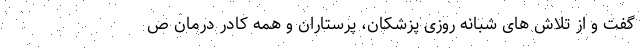
گفت و از تلاش ‌های شبانه روزی پزشکان، پرستاران و همه کادر درمان ص